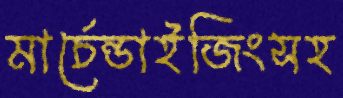
মার্চেন্ডাইজিংসহ